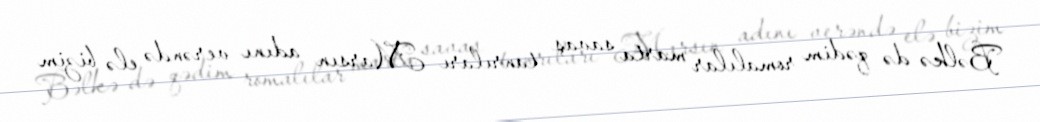
Bəlkə də qədim romalılar marta savaş tanrıları Marsın adını verəndə elə bizim